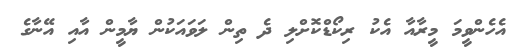
އެހެންވީމަ މީރާއާ އެކު ރިކޯޑްކޮށްލި ދެ ތިން ލަވައަކުން ޔާމީން އާއި އޭނާގެ